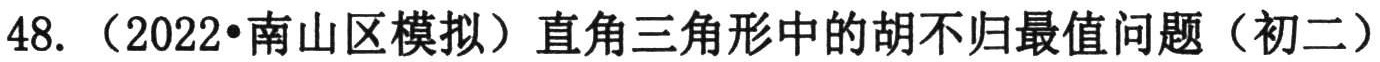
48. （2022•南山区模拟）直角三角形中的胡不归最值问题（初二）